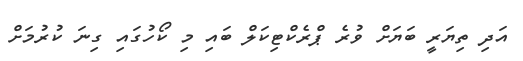
އަދި ތިޔަރީ ބަަޔަށް ވުރެ ޕްރެކްޓިކަލް ބައި މި ކޯހުގައި ގިނަ ކުރުމަށް